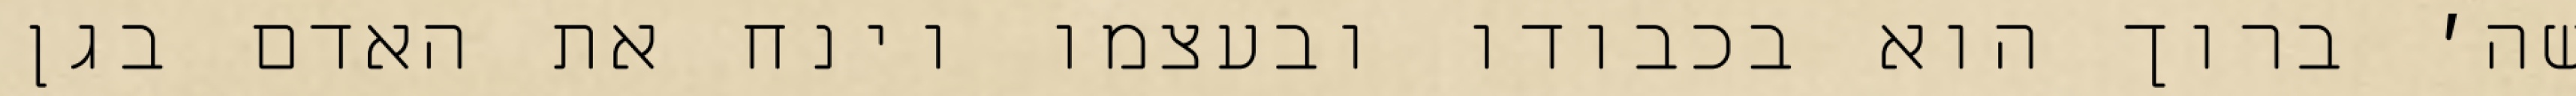
שה׳ ברוך הוא בכבודו ובעצמו וינח את האדם בגן